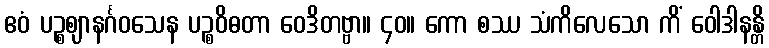
ဧဝံ ပဉ္စဈာနင်္ဂဝသေန ပဉ္စဝိဓတာ ဝေဒိတဗ္ဗာ။ ၄၀။ ကော စဿ သံကိလေသော ကိံ ဝေါဒါနန္တိ